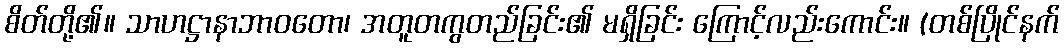
စိတ်တို့၏။ သာဟဋ္ဌာနာဘာဝတော၊ အတူတကွတည်ခြင်း၏ မရှိခြင်း ကြောင့်လည်းကောင်း။ (တစ်ပြိုင်နက်